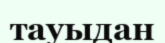
тауыдан